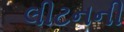
લીટનની